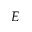
E